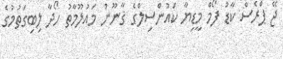
ޖޭ ޕްރެސް ކާޑު ފޯމް މީޑިޔާ ކައުންސިލްގެ ޤާނޫނު މައުލޫމާތު ހޯދާ ލިބިގަތުމުގެ